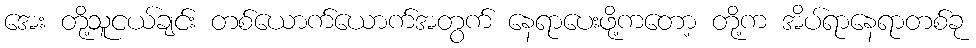
အေး တို့သူငယ်ချင်း တစ်ယောက်ယောက်အတွက် နေရာပေးဖို့ကတော့ တို့က အိပ်ရာနေရာတစ်ခု